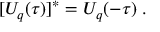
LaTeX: [ U _ { q } ( \tau ) ] ^ { * } = U _ { q } ( - \tau ) \; .